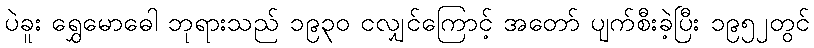
ပဲခူး ရွှေမောဓေါ ဘုရားသည် ၁၉၃၀ ငလျှင်ကြောင့် အတော် ပျက်စီးခဲ့ပြီး ၁၉၅၂တွင်